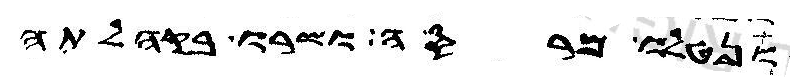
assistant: ונטלו מרסה ושרו בקהלתה